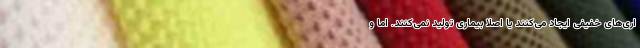
اری‌های خفیفی ایجاد می‌کنند یا اصلاً بیماری تولید نمی‌کنند. اما و